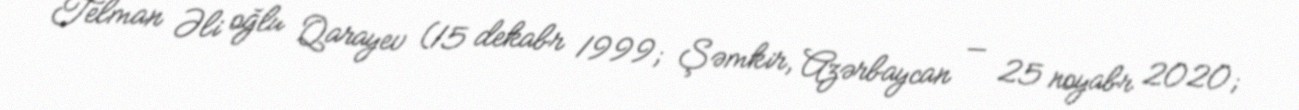
Telman Əli oğlu Qarayev (15 dekabr 1999; Şəmkir, Azərbaycan — 25 noyabr 2020;